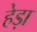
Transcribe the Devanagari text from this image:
हेड़ा